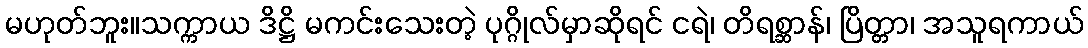
မဟုတ်ဘူး။သက္ကာယ ဒိဋ္ဌိ မကင်းသေးတဲ့ ပုဂ္ဂိုလ်မှာဆိုရင် ငရဲ၊ တိရစ္ဆာန်၊ ပြိတ္တာ၊ အသူရကာယ်